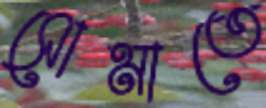
সোমাতে